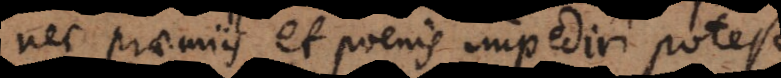
nec praemiis et poenis impediri potest,